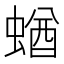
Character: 蝤